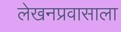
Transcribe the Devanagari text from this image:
लेखनप्रवासाला